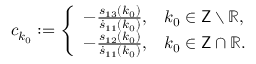
\begin{array} { r l } & { c _ { k _ { 0 } } : = \left\{ \begin{array} { l l } { - \frac { s _ { 1 3 } ( k _ { 0 } ) } { \dot { s } _ { 1 1 } ( k _ { 0 } ) } , } & { k _ { 0 } \in \mathsf { Z } \setminus \mathbb { R } , } \\ { - \frac { s _ { 1 2 } ( k _ { 0 } ) } { \dot { s } _ { 1 1 } ( k _ { 0 } ) } , } & { k _ { 0 } \in \mathsf { Z } \cap \mathbb { R } . } \end{array} \right. } \end{array}